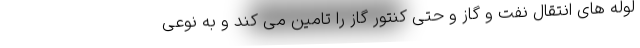
لوله های انتقال نفت و گاز و حتی کنتور گاز را تامین می کند و به نوعی